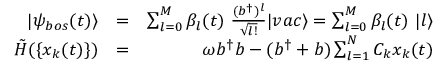
\begin{array} { r l r } { | \psi _ { b o s } ( t ) \rangle } & { = } & { \sum _ { l = 0 } ^ { M } \beta _ { l } ( t ) ~ \frac { ( b ^ { \dagger } ) ^ { l } } { \sqrt { l ! } } | v a c \rangle = \sum _ { l = 0 } ^ { M } \beta _ { l } ( t ) ~ | l \rangle } \\ { \tilde { H } ( \{ x _ { k } ( t ) \} ) } & { = } & { \omega b ^ { \dagger } b - ( b ^ { \dagger } + b ) \sum _ { l = 1 } ^ { N } C _ { k } x _ { k } ( t ) } \end{array}